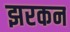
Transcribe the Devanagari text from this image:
झरकन